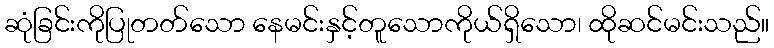
ဆုံခြင်းကိုပြုတတ်သော နေမင်းနှင့်တူသောကိုယ်ရှိသော၊ ထိုဆင်မင်းသည်။